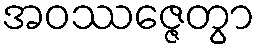
အဝဿဇ္ဇေတွာ